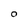
Character: 0